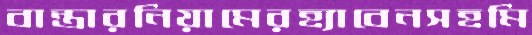
বান্তারনিয়ামেরহ্যাবেনসহমি